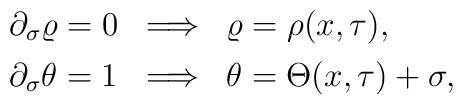
\begin{array}{ccc}    \partial_{\sigma}\varrho=0\hfill    &\Longrightarrow    &\varrho=\rho(x,\tau),\hfill\\[1.4mm]    \partial_{\sigma}\theta=1\hfill    &\Longrightarrow\hfill    &\theta=\Theta(x,\tau)+\sigma,\hfill\end{array}